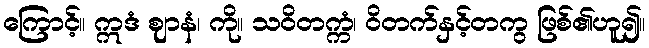
ကြောင့်။ ဣဒံ ဈာနံ၊ ကို။ သဝိတက္ကံ၊ ဝိတက်နှင့်တကွ ဖြစ်၏ဟူ၍။